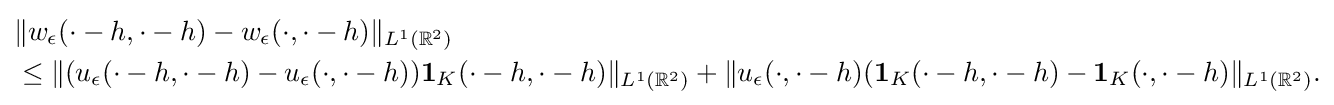
{\begin{aligned}&\Vert w_{\epsilon }(\cdot -h,\cdot -h)-w_{\epsilon }(\cdot ,\cdot -h)\Vert _{L^{1}(\mathbb {R} ^{2})}\\&\leq \Vert (u_{\epsilon }(\cdot -h,\cdot -h)-u_{\epsilon }(\cdot ,\cdot -h))\mathbf {1} _{K}(\cdot -h,\cdot -h)\Vert _{L^{1}(\mathbb {R} ^{2})}+\Vert u_{\epsilon }(\cdot ,\cdot -h)(\mathbf {1} _{K}(\cdot -h,\cdot -h)-\mathbf {1} _{K}(\cdot ,\cdot -h)\Vert _{L^{1}(\mathbb {R} ^{2})}.\end{aligned}}